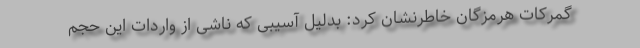
گمرکات هرمزگان خاطرنشان کرد: بدلیل آسیبی که ناشی از واردات این حجم